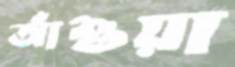
আঁশুয়া